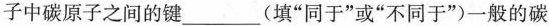
子中碳原子之间的键___(填”同于”或”不同于”)一般的碳